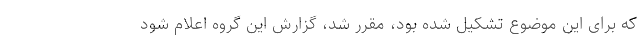
که برای این موضوع تشکیل شده بود، مقرر شد، گزارش این گروه اعلام شود